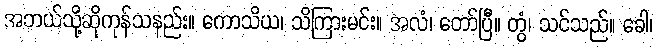
အဘယ်သို့ဆိုကုန်သနည်း။ ကောသိယ၊ သိကြားမင်း။ အလံ၊ တော်ပြီ။ တွံ၊ သင်သည်။ ခေါ၊